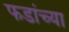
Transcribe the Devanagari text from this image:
फडांच्या